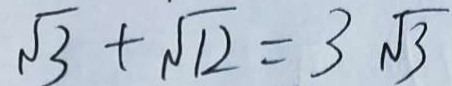
\sqrt { 3 } + \sqrt { 1 2 } = 3 \sqrt { 3 }